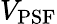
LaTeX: V_{\mathrm{PSF}}